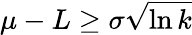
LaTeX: \mu-L\geq\sigma{\sqrt{\ln{k}}}